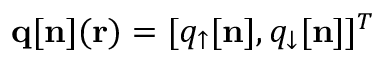
{ \bf q } [ { \bf n } ] ( { \bf r } ) = [ q _ { \uparrow } [ { \bf n } ] , q _ { \downarrow } [ { \bf n } ] ] ^ { T }